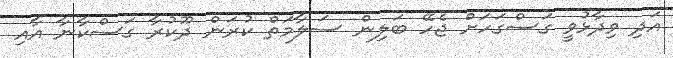
އަދި ވިދާޅުވީ ގަސްގަހަށް ޖެހޭ ބަލިން ސަލާމަތް ކުރަން ދޫކުރާ ގަސްކާނާ އާއި